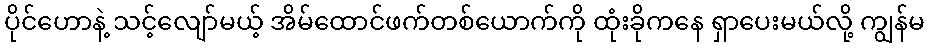
ပိုင်ဟောနဲ့ သင့်လျော်မယ့် အိမ်ထောင်ဖက်တစ်ယောက်ကို ထုံးခိုကနေ ရှာပေးမယ်လို့ ကျွန်မ